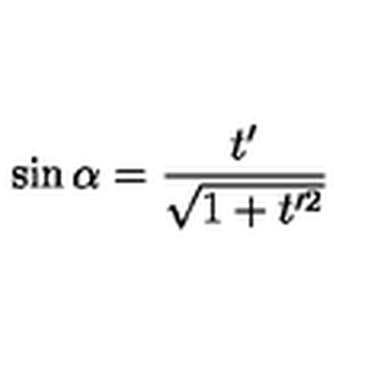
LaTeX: \sin \alpha = \frac { t ^ { \prime } } { \sqrt { 1 + t ^ { \prime 2 } } }